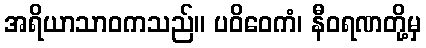
အရိယာသာဝကသည်။ ပဝိဝေကံ၊ နီဝရဏတို့မှ